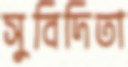
সুবিদিতা